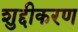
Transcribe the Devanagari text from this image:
शुद्दीकरण